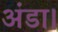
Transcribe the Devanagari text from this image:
अंडा।